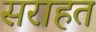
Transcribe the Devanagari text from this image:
सराहत